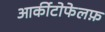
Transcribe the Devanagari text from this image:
आर्कीटोफेलफ़